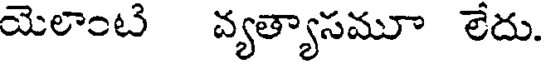
యెలాంటి వ్యత్యాసమూ లేదు.